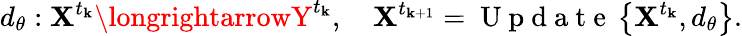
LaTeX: d_{\theta}:\mathbf{X}^{t_{\mathbf{k}}}\longrightarrowY^{t_{\mathbf{k}}},\quad\mathbf{X}^{t_{\mathbf{k}+1}}=\mathrm{{~U~p~d~a~t~e~}}\left\{ \mathbf{X}^{t_{\mathbf{k}}},d_{\theta}\right\} .